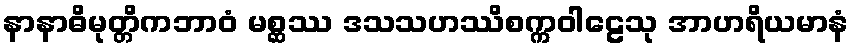
နာနာဓိမုတ္တိကဘာဝံ မစ္ဆဿ ဒသသဟဿိစက္ကဝါဠေသု အာဟရိယမာနံ